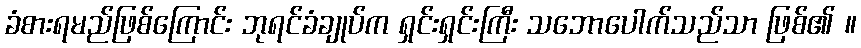
ခံစားရမည်ဖြစ်ကြောင်း ဘုရင်ခံချုပ်က ရှင်းရှင်းကြီး သဘောပေါက်သည်သာ ဖြစ်၏ ။